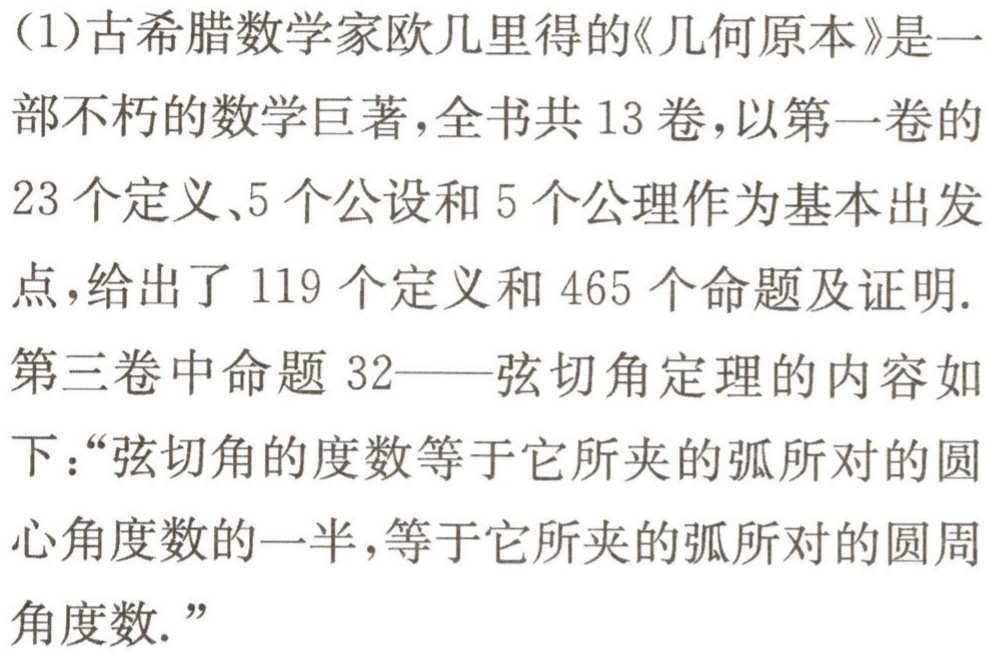
(1)古希腊数学家欧几里得的《几何原本》是一部不朽的数学巨著，全书共13卷，以第一卷的23个定义、5个公设和5个公理作为基本出发点，给出了119个定义和465个命题及证明.
第三卷中命题32——弦切角定理的内容如下：“弦切角的度数等于它所夹的弧所对的圆心角度数的一半，等于它所夹的弧所对的圆周角度数.”